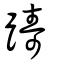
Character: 躊